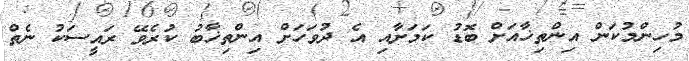
މުހިންމުކަން އިންތިޚާއަށް ބޮޑު ކަމަށާއި އެ ދުވަހަށް އިންތިޚާބު ކުރެވޭ ރައީސަކު ނެތް